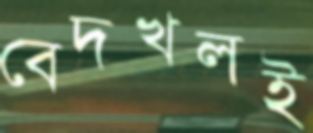
বেদখলই